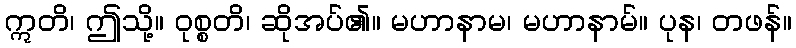
ဣတိ၊ ဤသို့။ ဝုစ္စတိ၊ ဆိုအပ်၏။ မဟာနာမ၊ မဟာနာမ်။ ပုန၊ တဖန်။